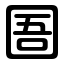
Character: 圄